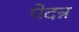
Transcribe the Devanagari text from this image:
पेदन्न